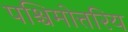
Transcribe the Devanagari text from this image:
पश्चिमोत्तरिय